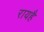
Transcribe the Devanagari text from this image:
रायहै